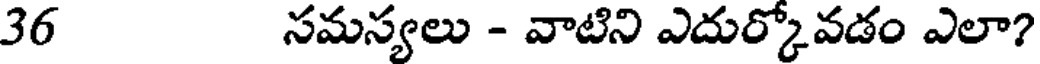
36 సమస్యలు - వాటిని ఎదుర్కోవడం ఎలా?